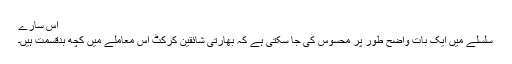
اس سارے
سلسلے میں ایک بات واضح طور پر محسوس کی جا سکتی ہے کہ بھارتی شائقین کرکٹ اس معاملے میں کچھ بدقسمت ہیں۔